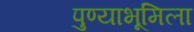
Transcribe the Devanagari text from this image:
पुण्याभूमिला